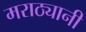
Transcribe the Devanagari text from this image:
मराठ्यानी